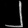
Digit: ၂